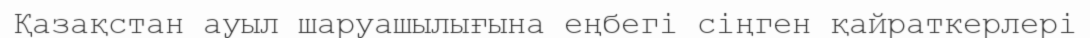
Қазақстан ауыл шаруашылығына еңбегі сіңген қайраткерлері